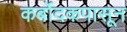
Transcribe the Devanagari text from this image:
कर्बोदकपासून